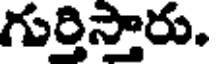
గుర్తిస్తారు.